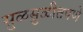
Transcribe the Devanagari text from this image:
सुळसुळीतपणे